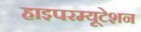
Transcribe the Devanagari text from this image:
हाइपरम्यूटेशन